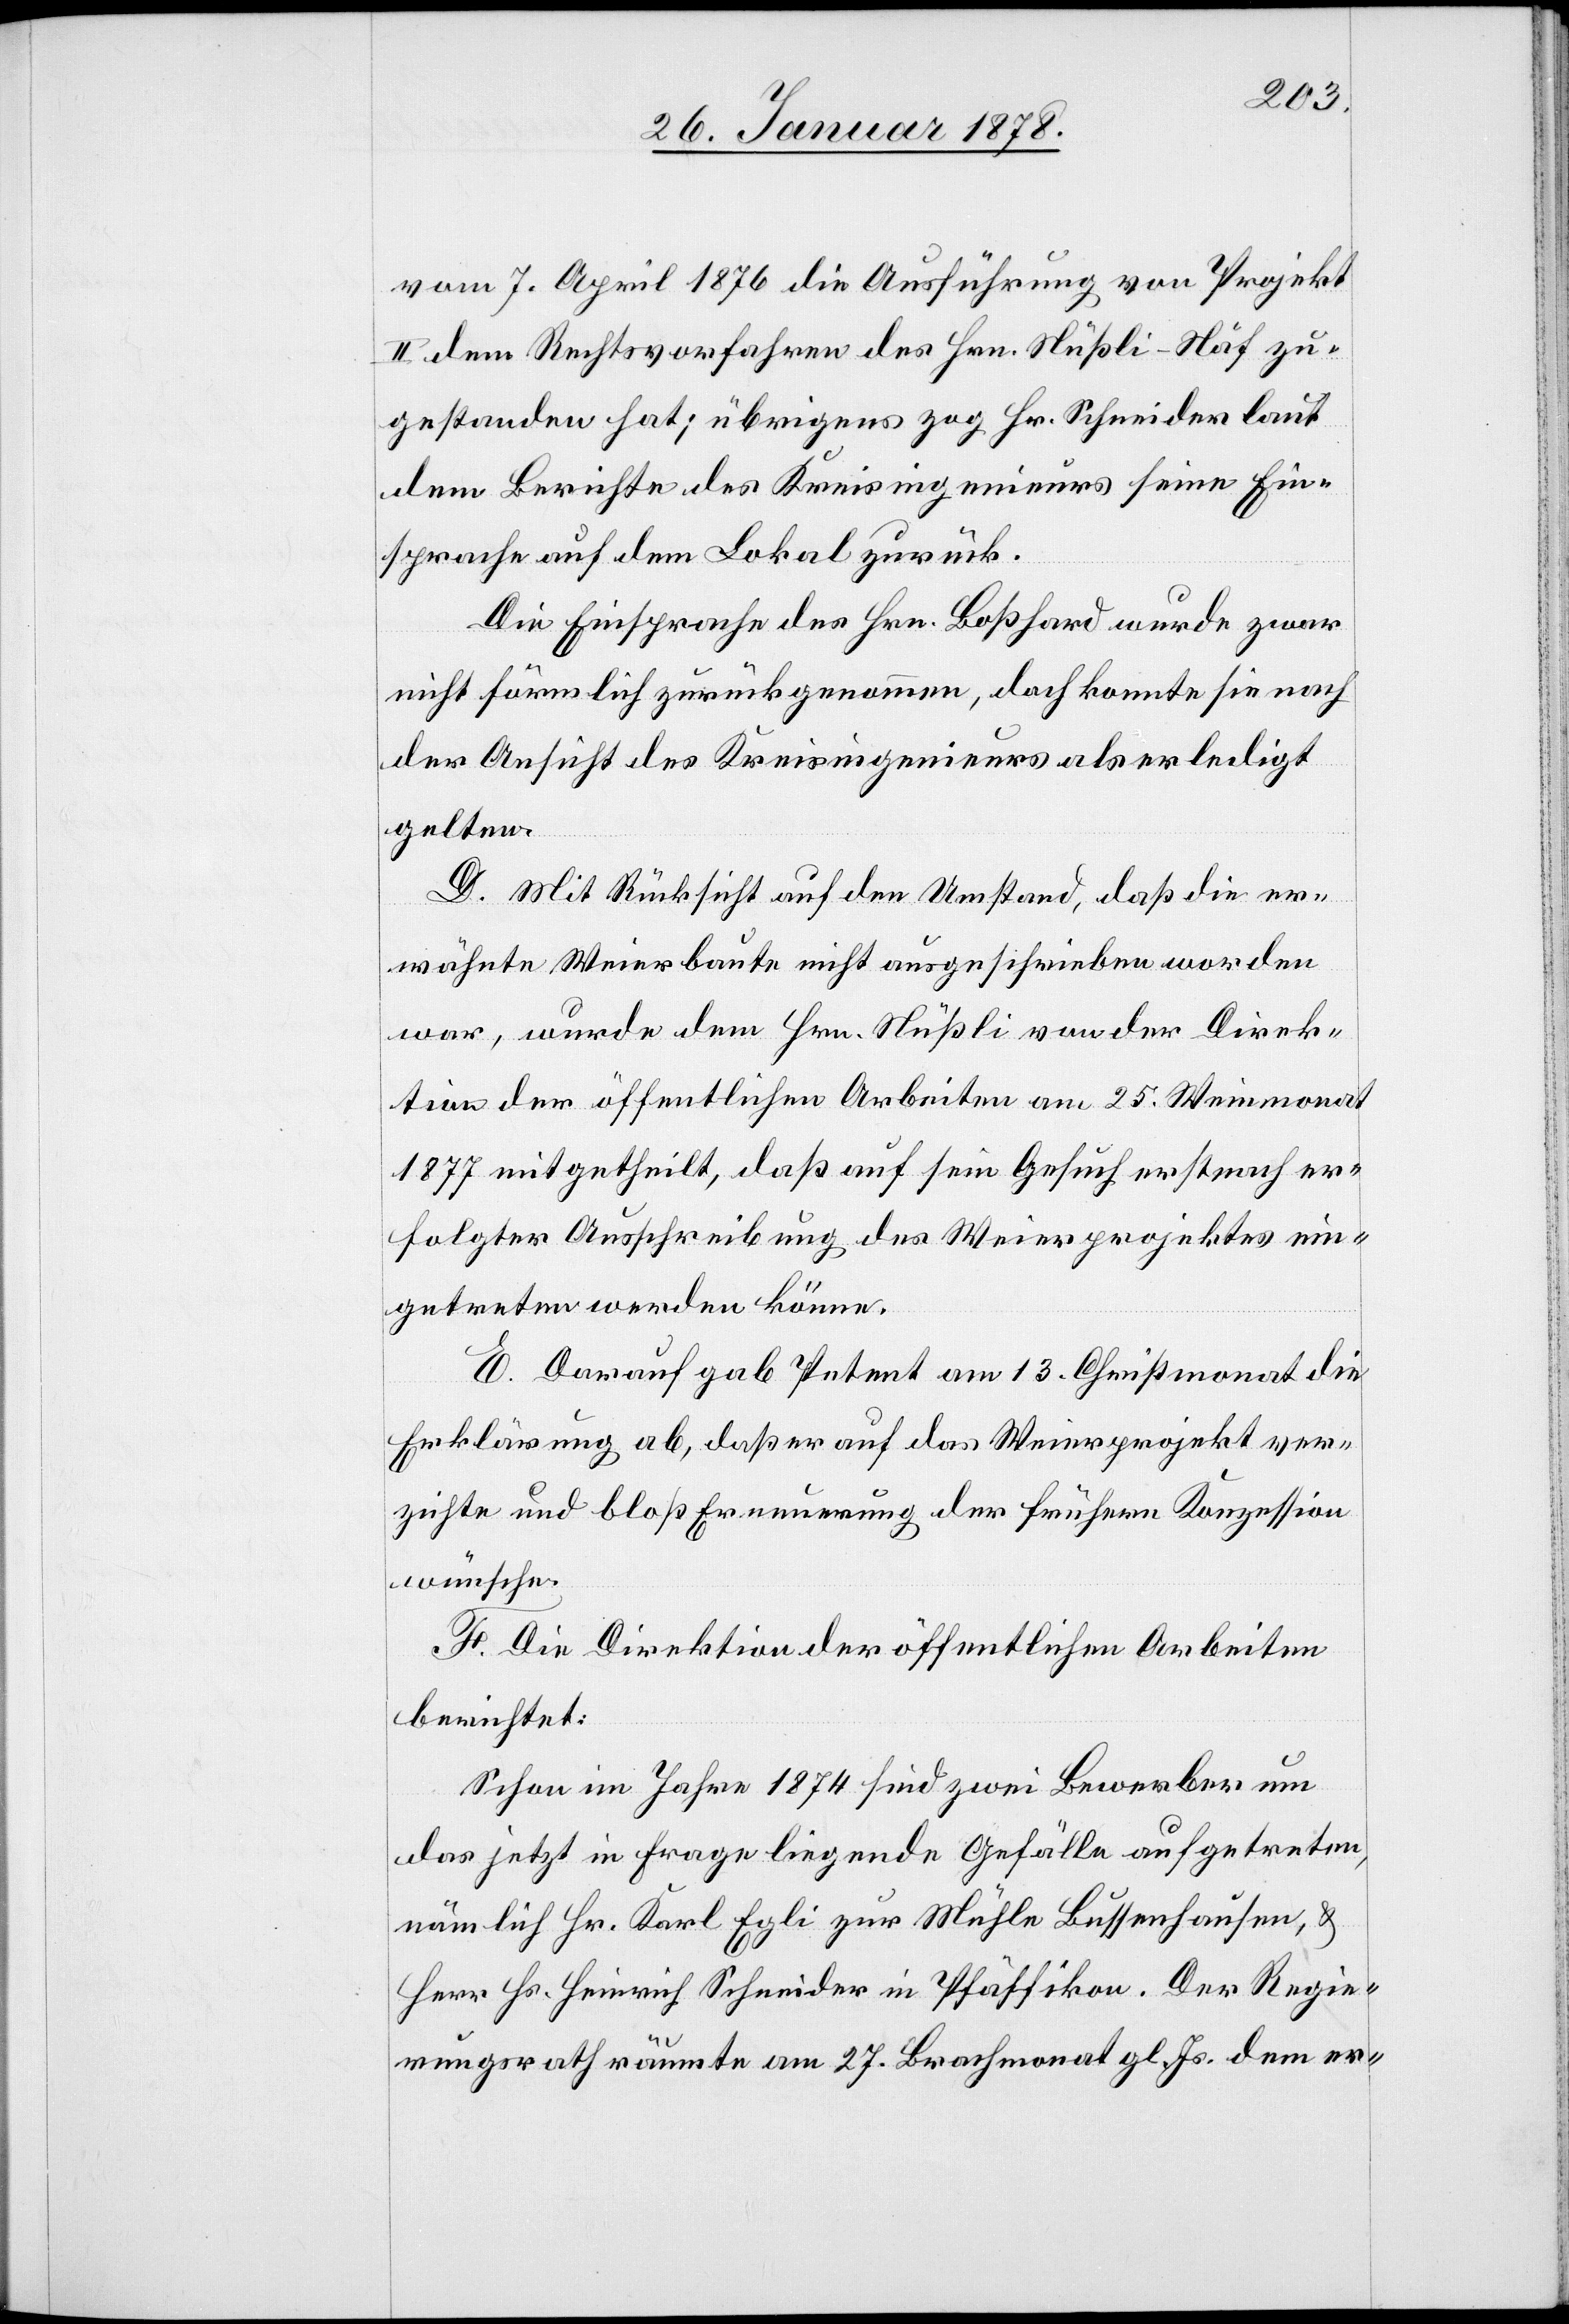
vom 7. April 1876 die Ausführung von Projekt
II. dem Rechtsvorfahren des Hrn. Nüßli-Näf zu¬
gestanden hat; übrigens zog Hr. Schneider laut
dem Berichte des Kreisingenieurs seine Ein¬
sprache auf dem Lokal zurück.
Die Einsprache des Hrn. Boßhard wurde zwar
nicht sämmtlich zurückgenommen, doch konnte sie nach
der Ansicht des Kreisingenieurs als erledigt
gelten.
D. Mit Rücksicht auf den Umstand, daß die er¬
wähnte Weierbaute nicht ausgeschrieben worden
war, wurde dem Hrn. Nüßli von der Direk¬
tion der öffentlichen Arbeiten am 25. Weinmonat
1877 mitgetheilt, daß auf sein Gesuch erst nach er¬
folgter Ausschreibung des Weierprojektes ein¬
getreten werden könne.
E. Darauf gab Petent am 13. Christmonat die
Erklärung ab, daß er auf das Weierprojekt ver¬
zichte und bloß Erneuerung der frühern Konzession
wünsche.
F. Die Direktion der öffentlichen Arbeiten
berichtet:
Schon im Jahre 1874 sind zwei Bewerber um
das jetzt in Frage liegende Gefälle aufgetreten,
nämlich Hr. Karl Egli zur Mühle Bussenhausen, &
Herr Hs. Heinrich Schneider in Pfäffikon. Der Regie¬
rungsrath räumte am 27. Brachmonat gl. Js. dem er-